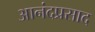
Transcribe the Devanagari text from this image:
आनंदप्रसाद